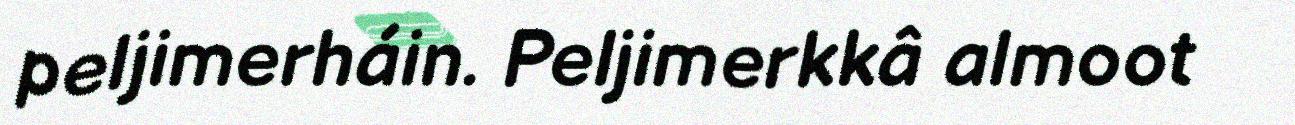
peljimerháin. Peljimerkkâ almoot